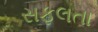
સફલતા